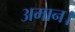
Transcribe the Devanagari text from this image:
अमान।